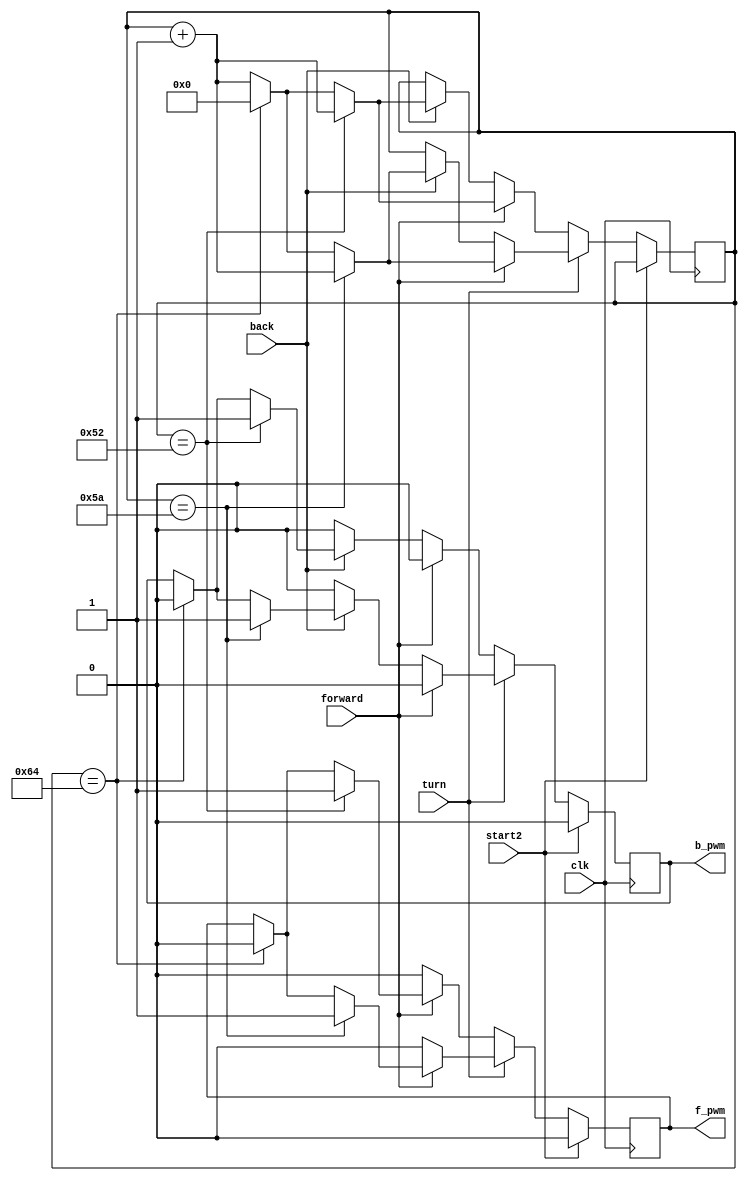
module electric_machinery2(forward,back,clk,f_pwm,b_pwm,turn,start2);//
input forward,back,clk,turn,start2;	//
output reg f_pwm,b_pwm;	//pwm

reg [10:0]count;

initial 
begin
count <= 0;
end

always@(posedge clk)	
begin
if(start2)
begin
	f_pwm<=0;
	b_pwm<=0;
end
else
begin
	if(turn)	//5%
	begin
		if(forward)//pwm0
		begin
		b_pwm<=0;
		if(count==90)
		begin
			f_pwm<=1;
			count<=count+1;
		end
		else if(count==100)
		begin
			f_pwm<=0;
			count<=0;
		end
		else
		begin
			count<=count+1;
		end
		end
		else if(back)//b_pwm
		begin
		f_pwm<=0;
		if(count==90)
		begin
			b_pwm<=1;
			count<=count+1;
		end
		else if(count==100)
		begin
			b_pwm<=0;
			count<=0;
		end
		else
		begin
			count<=count+1;
		end
		end
		else//
		begin
		f_pwm<=0;
		b_pwm<=0;
		end
	end
	
	
	else		//10%
	begin
		if(forward)//pwm0
		begin
		b_pwm<=0;
		if(count==82)
		begin
			f_pwm<=1;
			count<=count+1;
		end
		else if(count==100)
		begin
			f_pwm<=0;
			count<=0;
		end
		else
		begin
		count<=count+1;
		end
		end
	else if(back)//b_pwm
	begin
		f_pwm<=0;
		if(count==82)
		begin
			b_pwm<=1;
			count<=count+1;
		end
		else if(count==100)
		begin
			b_pwm<=0;
			count<=0;
		end
		else
		begin
			count<=count+1;
		end
	end
	else//
	begin
		f_pwm<=0;
		b_pwm<=0;
	end
	end
end

end

endmodule